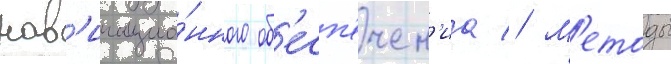
нав'игацио́нного об'есп'ечен'иа // М'етоды